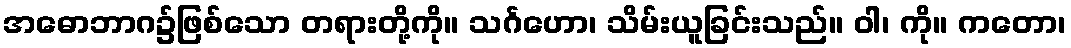
အဓောဘာဂ၌ဖြစ်သော တရားတို့ကို။ သင်္ဂဟော၊ သိမ်းယူခြင်းသည်။ ဝါ၊ ကို။ ကတော၊